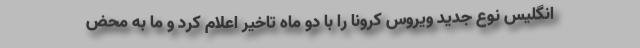
انگلیس نوع جدید ویروس کرونا را با دو ماه تاخیر اعلام کرد و ما به محض